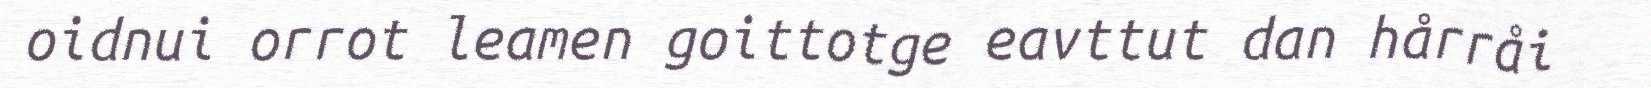
oidnui orrot leamen goittotge eavttut dan hårråi